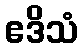
ဧဒိသံ